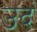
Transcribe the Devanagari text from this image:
उदं